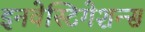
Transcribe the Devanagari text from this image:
इनवेस्टिगेशन्स